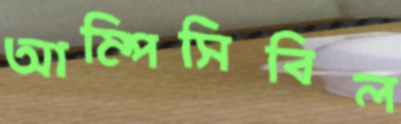
আম্পিসিবিল